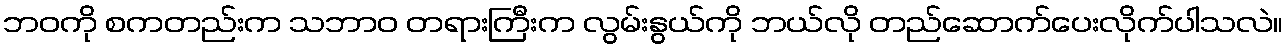
ဘဝကို စကတည်းက သဘာဝ တရားကြီးက လွမ်းနွယ်ကို ဘယ်လို တည်ဆောက်ပေးလိုက်ပါသလဲ။